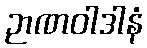
ဉာဏဝါဒါနံ